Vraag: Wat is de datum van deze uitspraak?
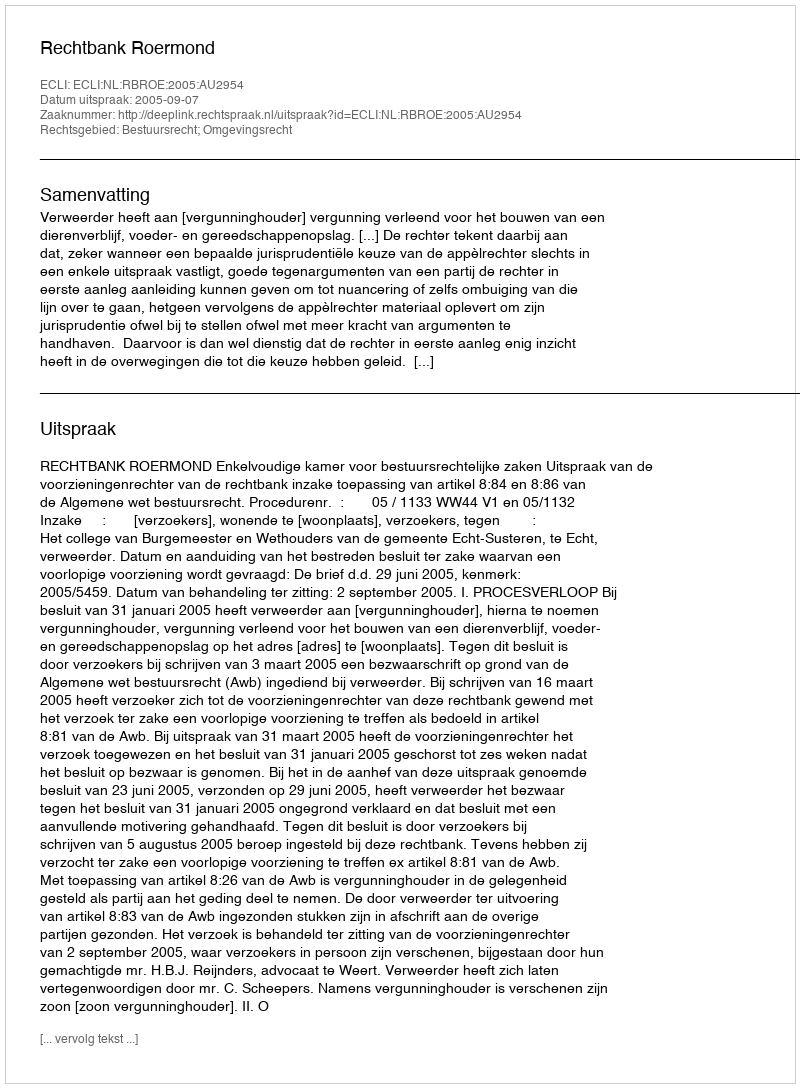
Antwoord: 2005-09-07